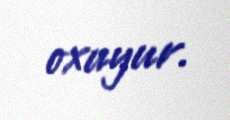
oxuyur.